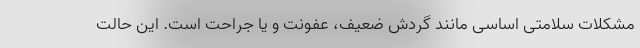
مشکلات سلامتی اساسی مانند گردش ضعیف، عفونت و یا جراحت است. این حالت